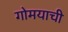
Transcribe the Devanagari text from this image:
गोमयाची